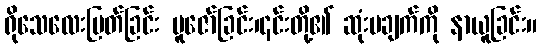
ရိုသေလေးမြတ်ခြင်း ပူဇော်ခြင်း၊၎င်းတို့၏ ဆုံးမချက်ကို နာယူခြင်း။